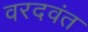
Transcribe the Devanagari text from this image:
वरदवंत